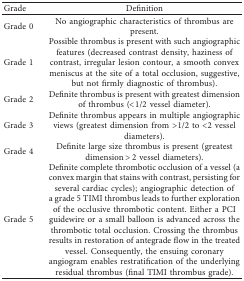
| Grade | Definition |
 | --- | --- |
 | Grade 0 | No angiographic characteristics of thrombus are present. |
 | Grade 1 | Possible thrombus is present with such angiographic features (decreased contrast density, haziness of contrast, irregular lesion contour, a smooth convex meniscus at the site of a total occlusion, suggestive, but not firmly diagnostic of thrombus). |
 | Grade 2 | Definite thrombus is present with greatest dimension of thrombus (<1/2 vessel diameter). |
 | Grade 3 | Definite thrombus appears in multiple angiographic views (greatest dimension from >1/2 to <2 vessel diameters). |
 | Grade 4 | Definite large size thrombus is present (greatest dimension > 2 vessel diameters). |
 | Grade 5 | Definite complete thrombotic occlusion of a vessel (a convex margin that stains with contrast, persisting for several cardiac cycles); angiographic detection of a grade 5 TIMI thrombus leads to further exploration of the occlusive thrombotic content. Either a PCI guidewire or a small balloon is advanced across the thrombotic total occlusion. Crossing the thrombus results in restoration of antegrade flow in the treated vessel. Consequently, the ensuing coronary angiogram enables restratification of the underlying residual thrombus (final TIMI thrombus grade). |